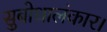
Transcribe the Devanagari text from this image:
सुबोधालंकार।